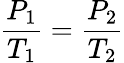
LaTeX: {\frac{P_{1}}{T_{1}}}={\frac{P_{2}}{T_{2}}}